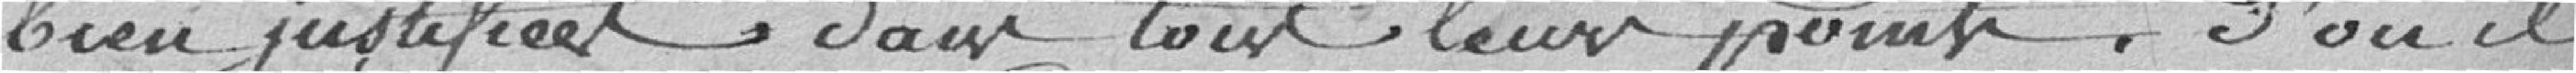
bien justifiées dans tous leurs points. D'où il